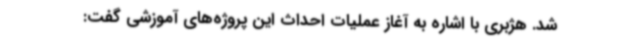
شد. هژبری با اشاره به آغاز عملیات احداث این پروژه‌های آموزشی گفت: